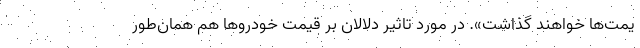
یمت‌ها خواهند گذاشت». در مورد تاثیر دلالان بر قیمت خودروها هم همان‌طور